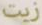
زيت